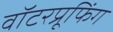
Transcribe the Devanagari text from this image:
वॉटरप्रूफिंग